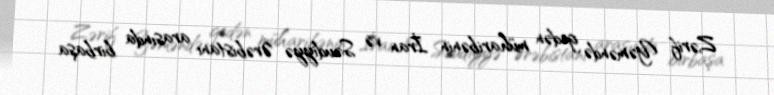
Zərif Yəməndə gedən müharibənin İran və Səudiyyə Ərəbistanı arasında birbaşa